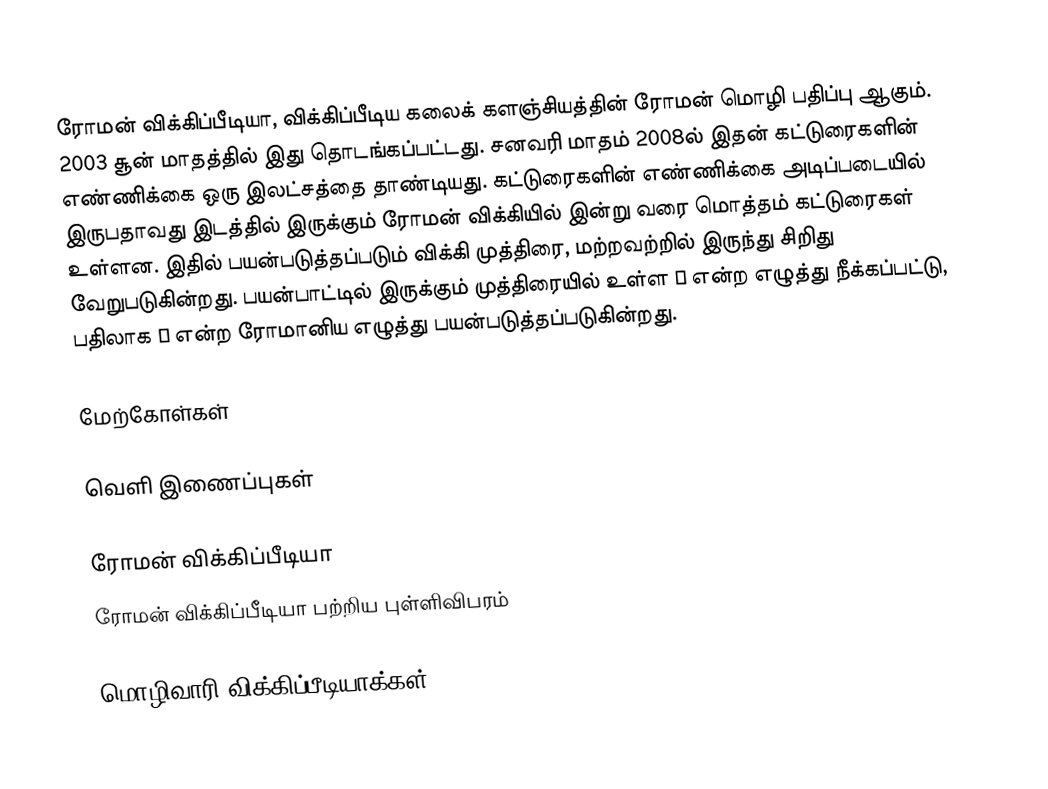
ரோமன் விக்கிப்பீடியா, விக்கிப்பீடிய கலைக் களஞ்சியத்தின் ரோமன் மொழி பதிப்பு ஆகும். 2003 சூன் மாதத்தில் இது தொடங்கப்பட்டது. சனவரி மாதம் 2008ல் இதன் கட்டுரைகளின் எண்ணிக்கை ஒரு இலட்சத்தை தாண்டியது. கட்டுரைகளின் எண்ணிக்கை அடிப்படையில் இருபதாவது இடத்தில் இருக்கும் ரோமன் விக்கியில் இன்று வரை மொத்தம் கட்டுரைகள் உள்ளன. இதில் பயன்படுத்தப்படும் விக்கி முத்திரை, மற்றவற்றில் இருந்து சிறிது வேறுபடுகின்றது. பயன்பாட்டில் இருக்கும் முத்திரையில் உள்ள Й என்ற எழுத்து நீக்கப்பட்டு, பதிலாக Ă  என்ற ரோமானிய எழுத்து பயன்படுத்தப்படுகின்றது.

மேற்கோள்கள்

வெளி இணைப்புகள்

ரோமன் விக்கிப்பீடியா
ரோமன் விக்கிப்பீடியா பற்றிய புள்ளிவிபரம்

 மொழிவாரி விக்கிப்பீடியாக்கள்